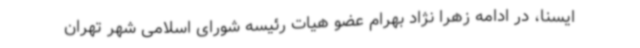
ایسنا، در ادامه زهرا نژاد بهرام عضو هیات رئیسه شورای اسلامی شهر تهران